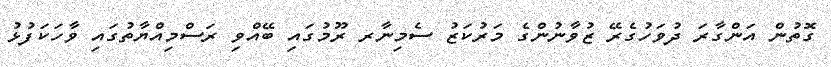
ގޮތުން އަންގާރަ ދުވަހުގެރޭ ޒުވާނުންގެ މަރުކަޒު ސެމިނާރ ރޫމުގައި ބޭއްވި ރަސްމިއްޔާތުގައި ވާހަކަފުޅު